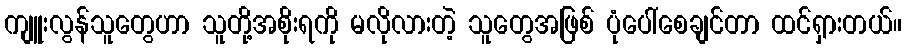
ကျူးလွန်သူတွေဟာ သူတို့အစိုးရကို မလိုလားတဲ့ သူတွေအဖြစ် ပုံပေါ်စေချင်တာ ထင်ရှားတယ်။